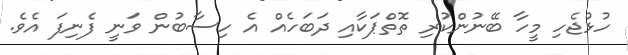
ހުޅުޖެހި މީހާ ބޭނުންކުރި ތޮތްޕަކާއި ދަބަހެއް އެ ހިސާބުން ވަނީ ފެނިފަ އެވެ.